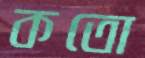
কতো